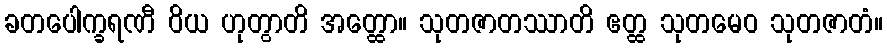
ခတပေါက္ခရဏီ ဝိယ ဟုတွာတိ အတ္ထော။ သုတဇာတဿာတိ ဧတ္ထ သုတမေဝ သုတဇာတံ။